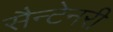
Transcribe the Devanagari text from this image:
सैन्टेनरी